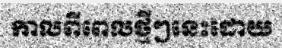
កាលពីពេលថ្មីៗនេះដោយ